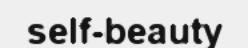
self-beauty